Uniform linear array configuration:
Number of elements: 4
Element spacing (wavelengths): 1
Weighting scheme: binomial
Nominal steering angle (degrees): -30
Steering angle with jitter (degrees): -30.814
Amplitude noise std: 0.05
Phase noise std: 0.05

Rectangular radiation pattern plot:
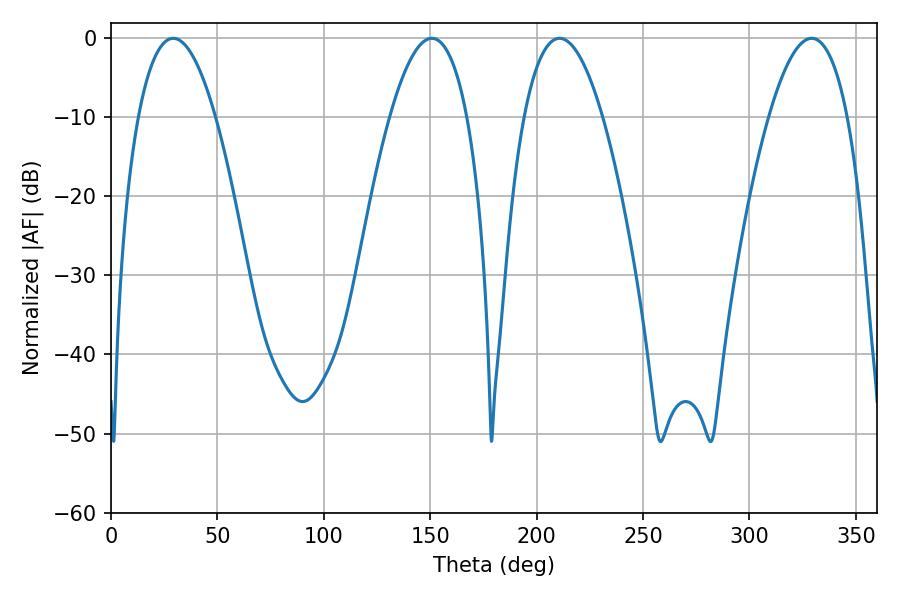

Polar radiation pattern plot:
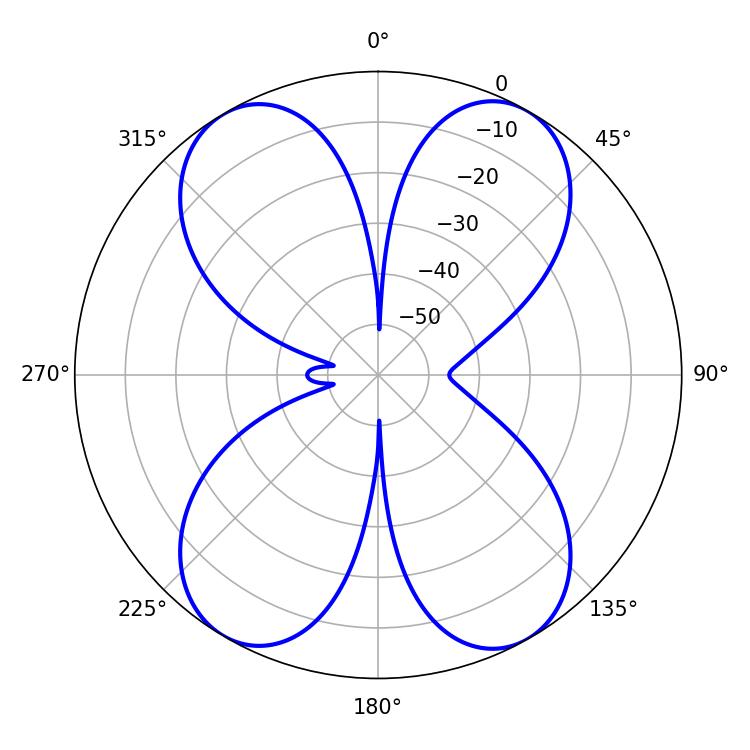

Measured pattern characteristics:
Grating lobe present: TRUE
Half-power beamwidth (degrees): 20.52
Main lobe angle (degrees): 210.78